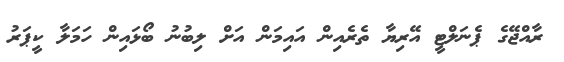
ރާއްޖޭގެ ޕެނަލްޓީ އޭރިޔާ ތެރެއިން އައިމަން އަށް ލިބުނު ބޯޅައިން ހަމަލާ ކީޕަރު